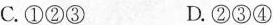
C.①②③ D.②③④